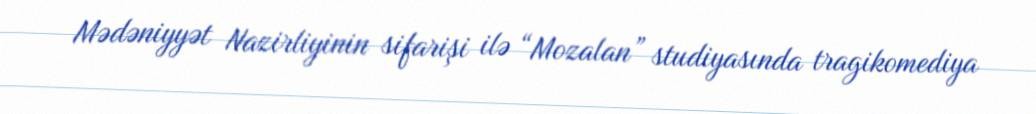
Mədəniyyət Nazirliyinin sifarişi ilə “Mozalan” studiyasında tragikomediya